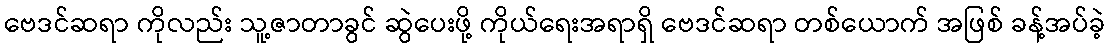
ဗေဒင်ဆရာ ကိုလည်း သူ့ဇာတာခွင် ဆွဲပေးဖို့ ကိုယ်ရေးအရာရှိ ဗေဒင်ဆရာ တစ်ယောက် အဖြစ် ခန့်အပ်ခဲ့